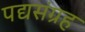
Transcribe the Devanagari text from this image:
पद्यसंग्रह